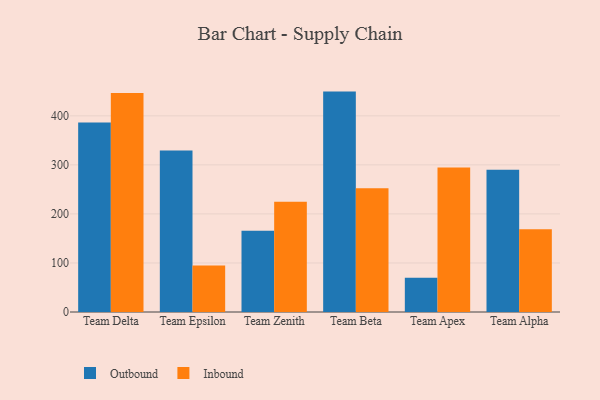
{"axis": {"x": "Team", "y": "Gross Profit (USD K)"}, "legend": ["Inbound", "Outbound"], "data": [{"x": "Team Delta", "y": 386.3, "type": "Outbound"}, {"x": "Team Delta", "y": 446.6, "type": "Inbound"}, {"x": "Team Epsilon", "y": 329.4, "type": "Outbound"}, {"x": "Team Epsilon", "y": 94.9, "type": "Inbound"}, {"x": "Team Zenith", "y": 165.9, "type": "Outbound"}, {"x": "Team Zenith", "y": 224.6, "type": "Inbound"}, {"x": "Team Beta", "y": 449.4, "type": "Outbound"}, {"x": "Team Beta", "y": 252.5, "type": "Inbound"}, {"x": "Team Apex", "y": 70.0, "type": "Outbound"}, {"x": "Team Apex", "y": 294.7, "type": "Inbound"}, {"x": "Team Alpha", "y": 290.2, "type": "Outbound"}, {"x": "Team Alpha", "y": 168.5, "type": "Inbound"}]}